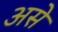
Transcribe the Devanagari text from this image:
असेे